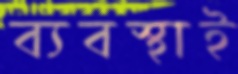
ব্যবস্থাই